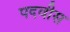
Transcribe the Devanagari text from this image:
पदवीस